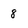
Character: 8